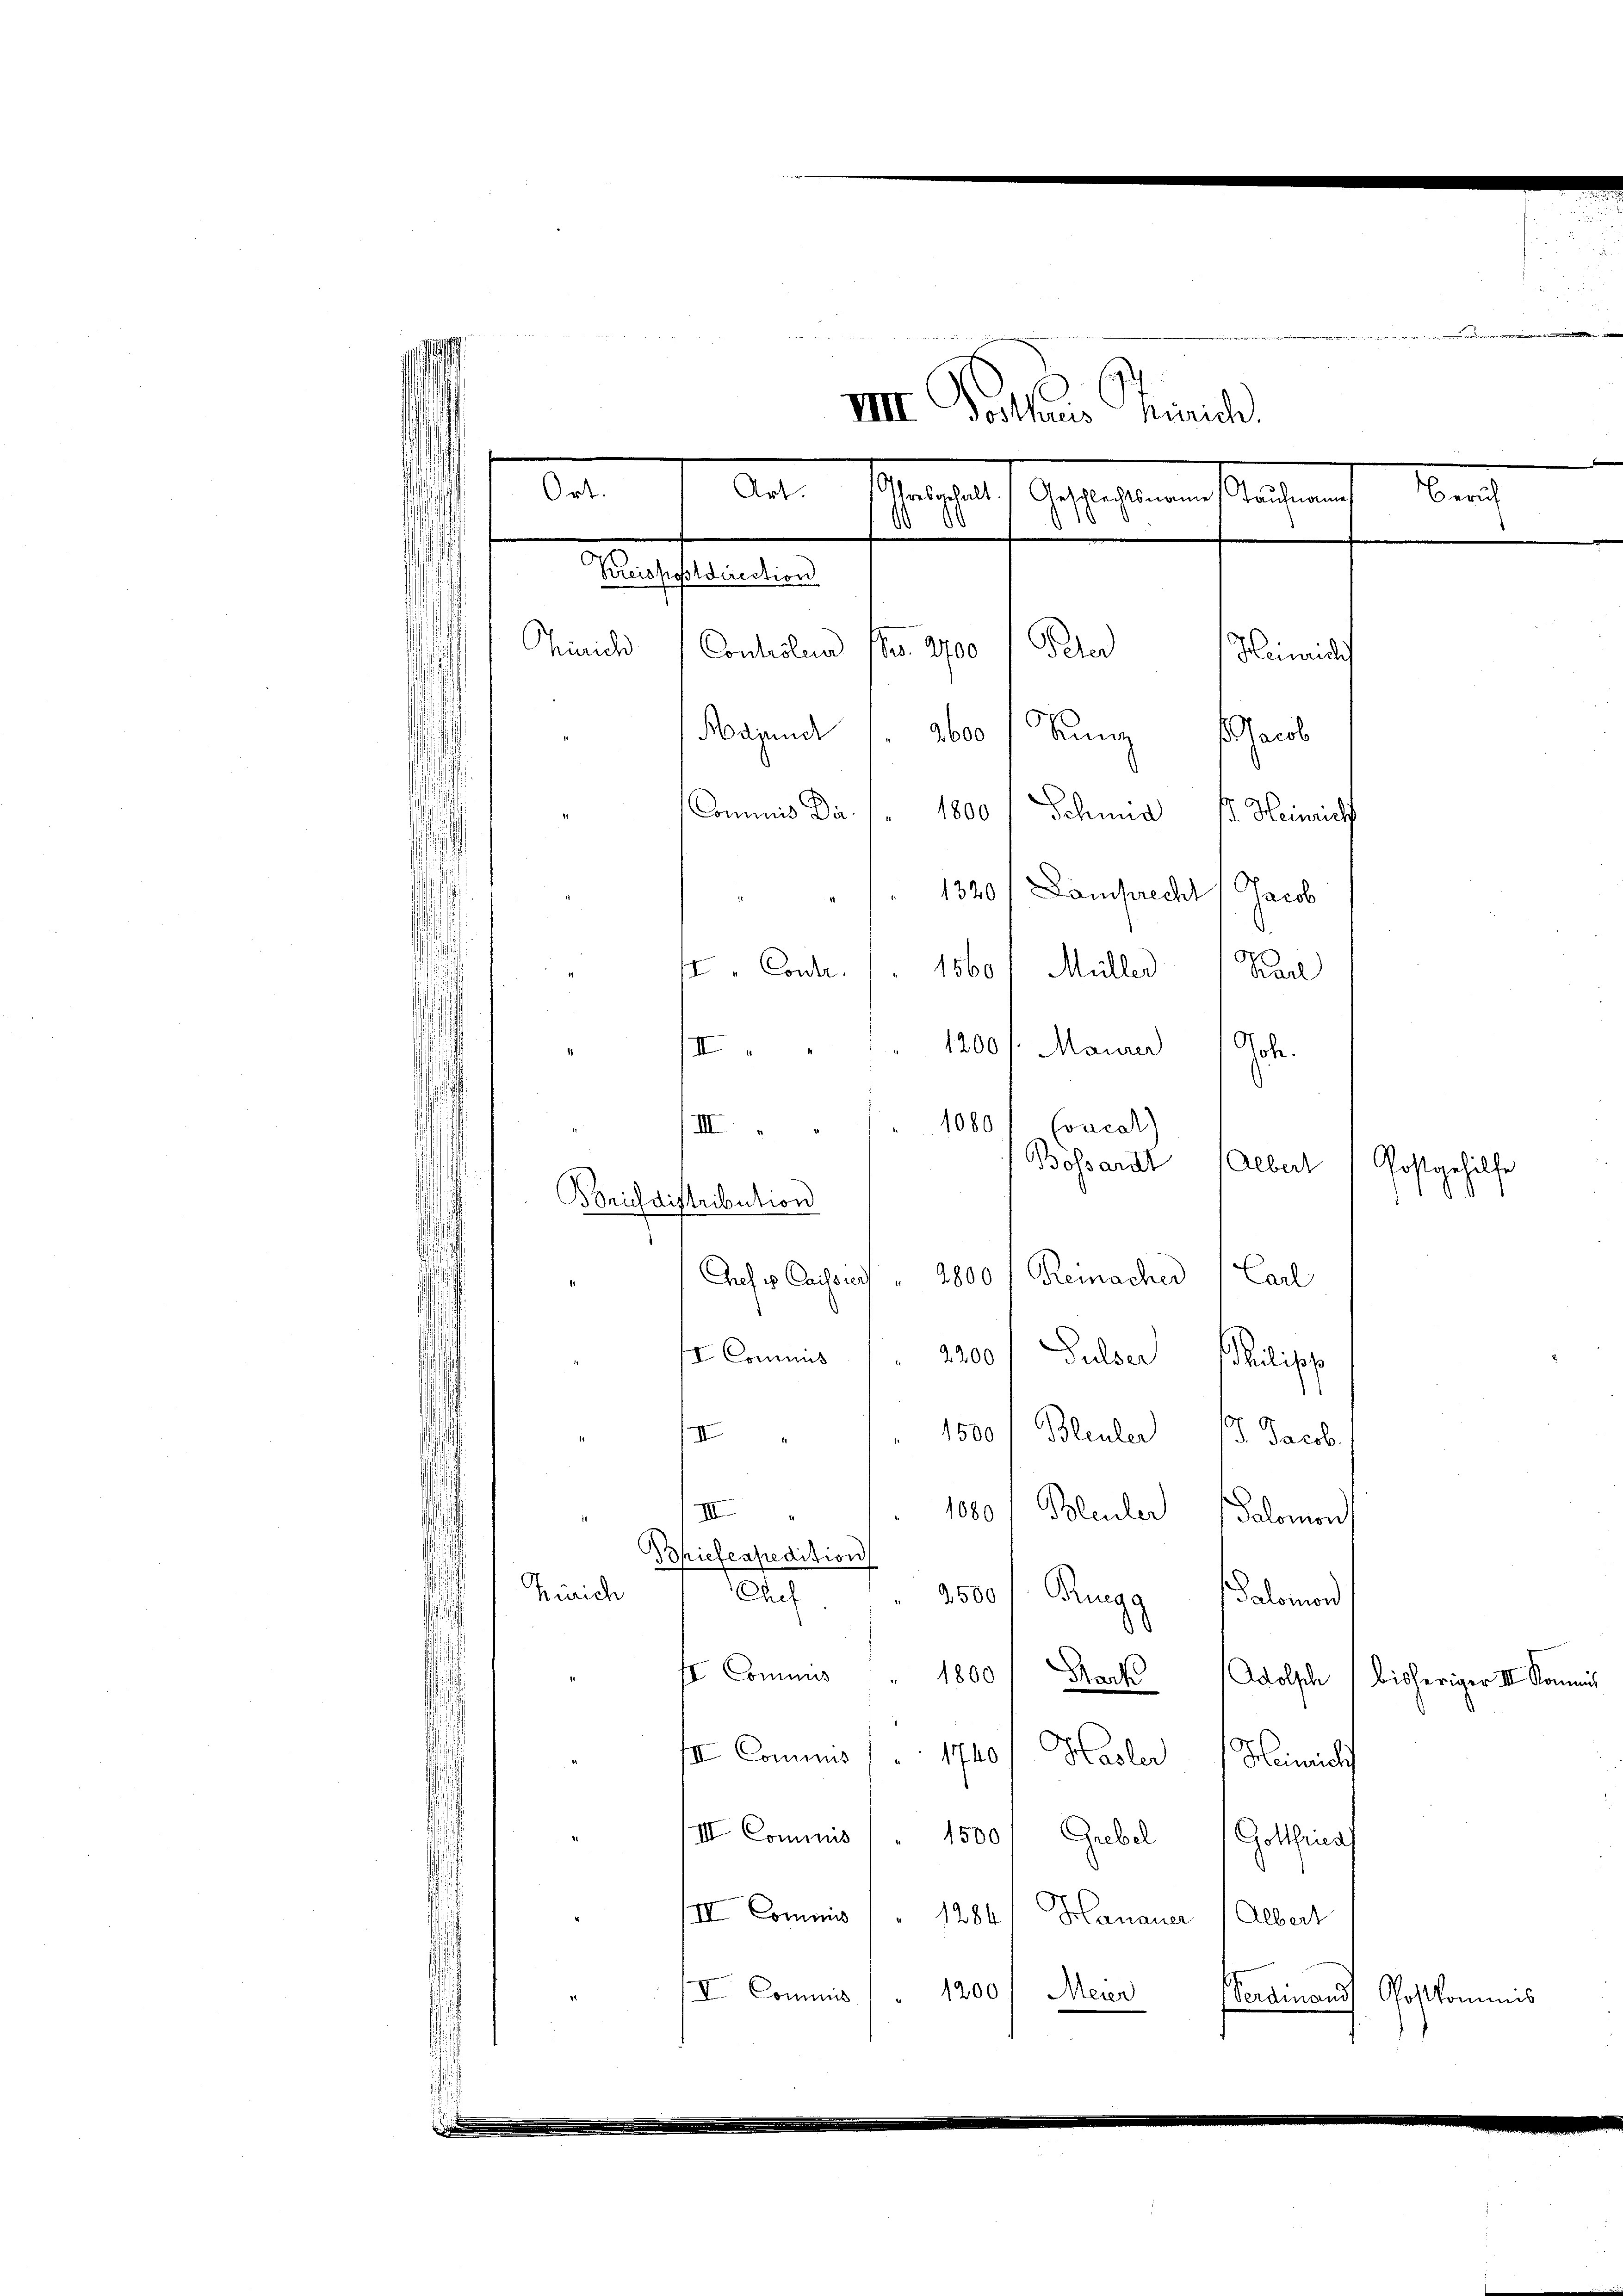
u
VIII. Posthaus nich
.
Montale Antragenen solchen
1
¬
m
Peler
Zürich Contisten (Ges. 2700
Heinrich
Majunct 1. 2600 / Kunz Jacob
Commis Dir. /. 1800 / Schina (d. Heimlich
1320/ Lamprecht Jacob
I Contr.
1560 / Müller Carl
III
Gote.
1200 /: Maurer
1080
Coacal)
Bossardt Albert
.
2800
Reinacher
Chefs Cassa
Carl
I Commis / 2200 f Pulser Philipp
II
" 1500 f Bleuler 5. Jacob.
1080 / Bleuler Salomon
III
Phiefenpredition
Zürich
Chef
2500 f Rugg Salomond
st Commis " " 1800 Mark Adolsch
bisheriger III. Kommis
II Commis / 1740/ Hasler Heinrich
III. Commis " 1500 / Grebel (Gottfriess
II Commis (1284. Hanauer Albert
III. Commis 1200) Meier
Verdinand Postkommnis

Ort.

Art.
Kreispostdirection

III.
Borich distribution

Postgehülfe

Zürich

i